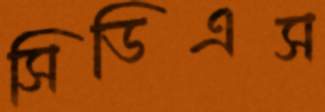
সিডিএস